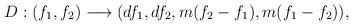
LaTeX: \begin{align*}D:(f_1,f_2) \longrightarrow (df_1, df_2, m(f_2-f_1), m(f_1-f_2)),\end{align*}